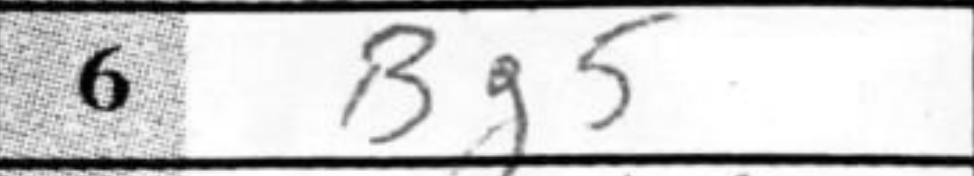
Transcription: Bg5